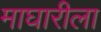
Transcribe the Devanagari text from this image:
माघारीला